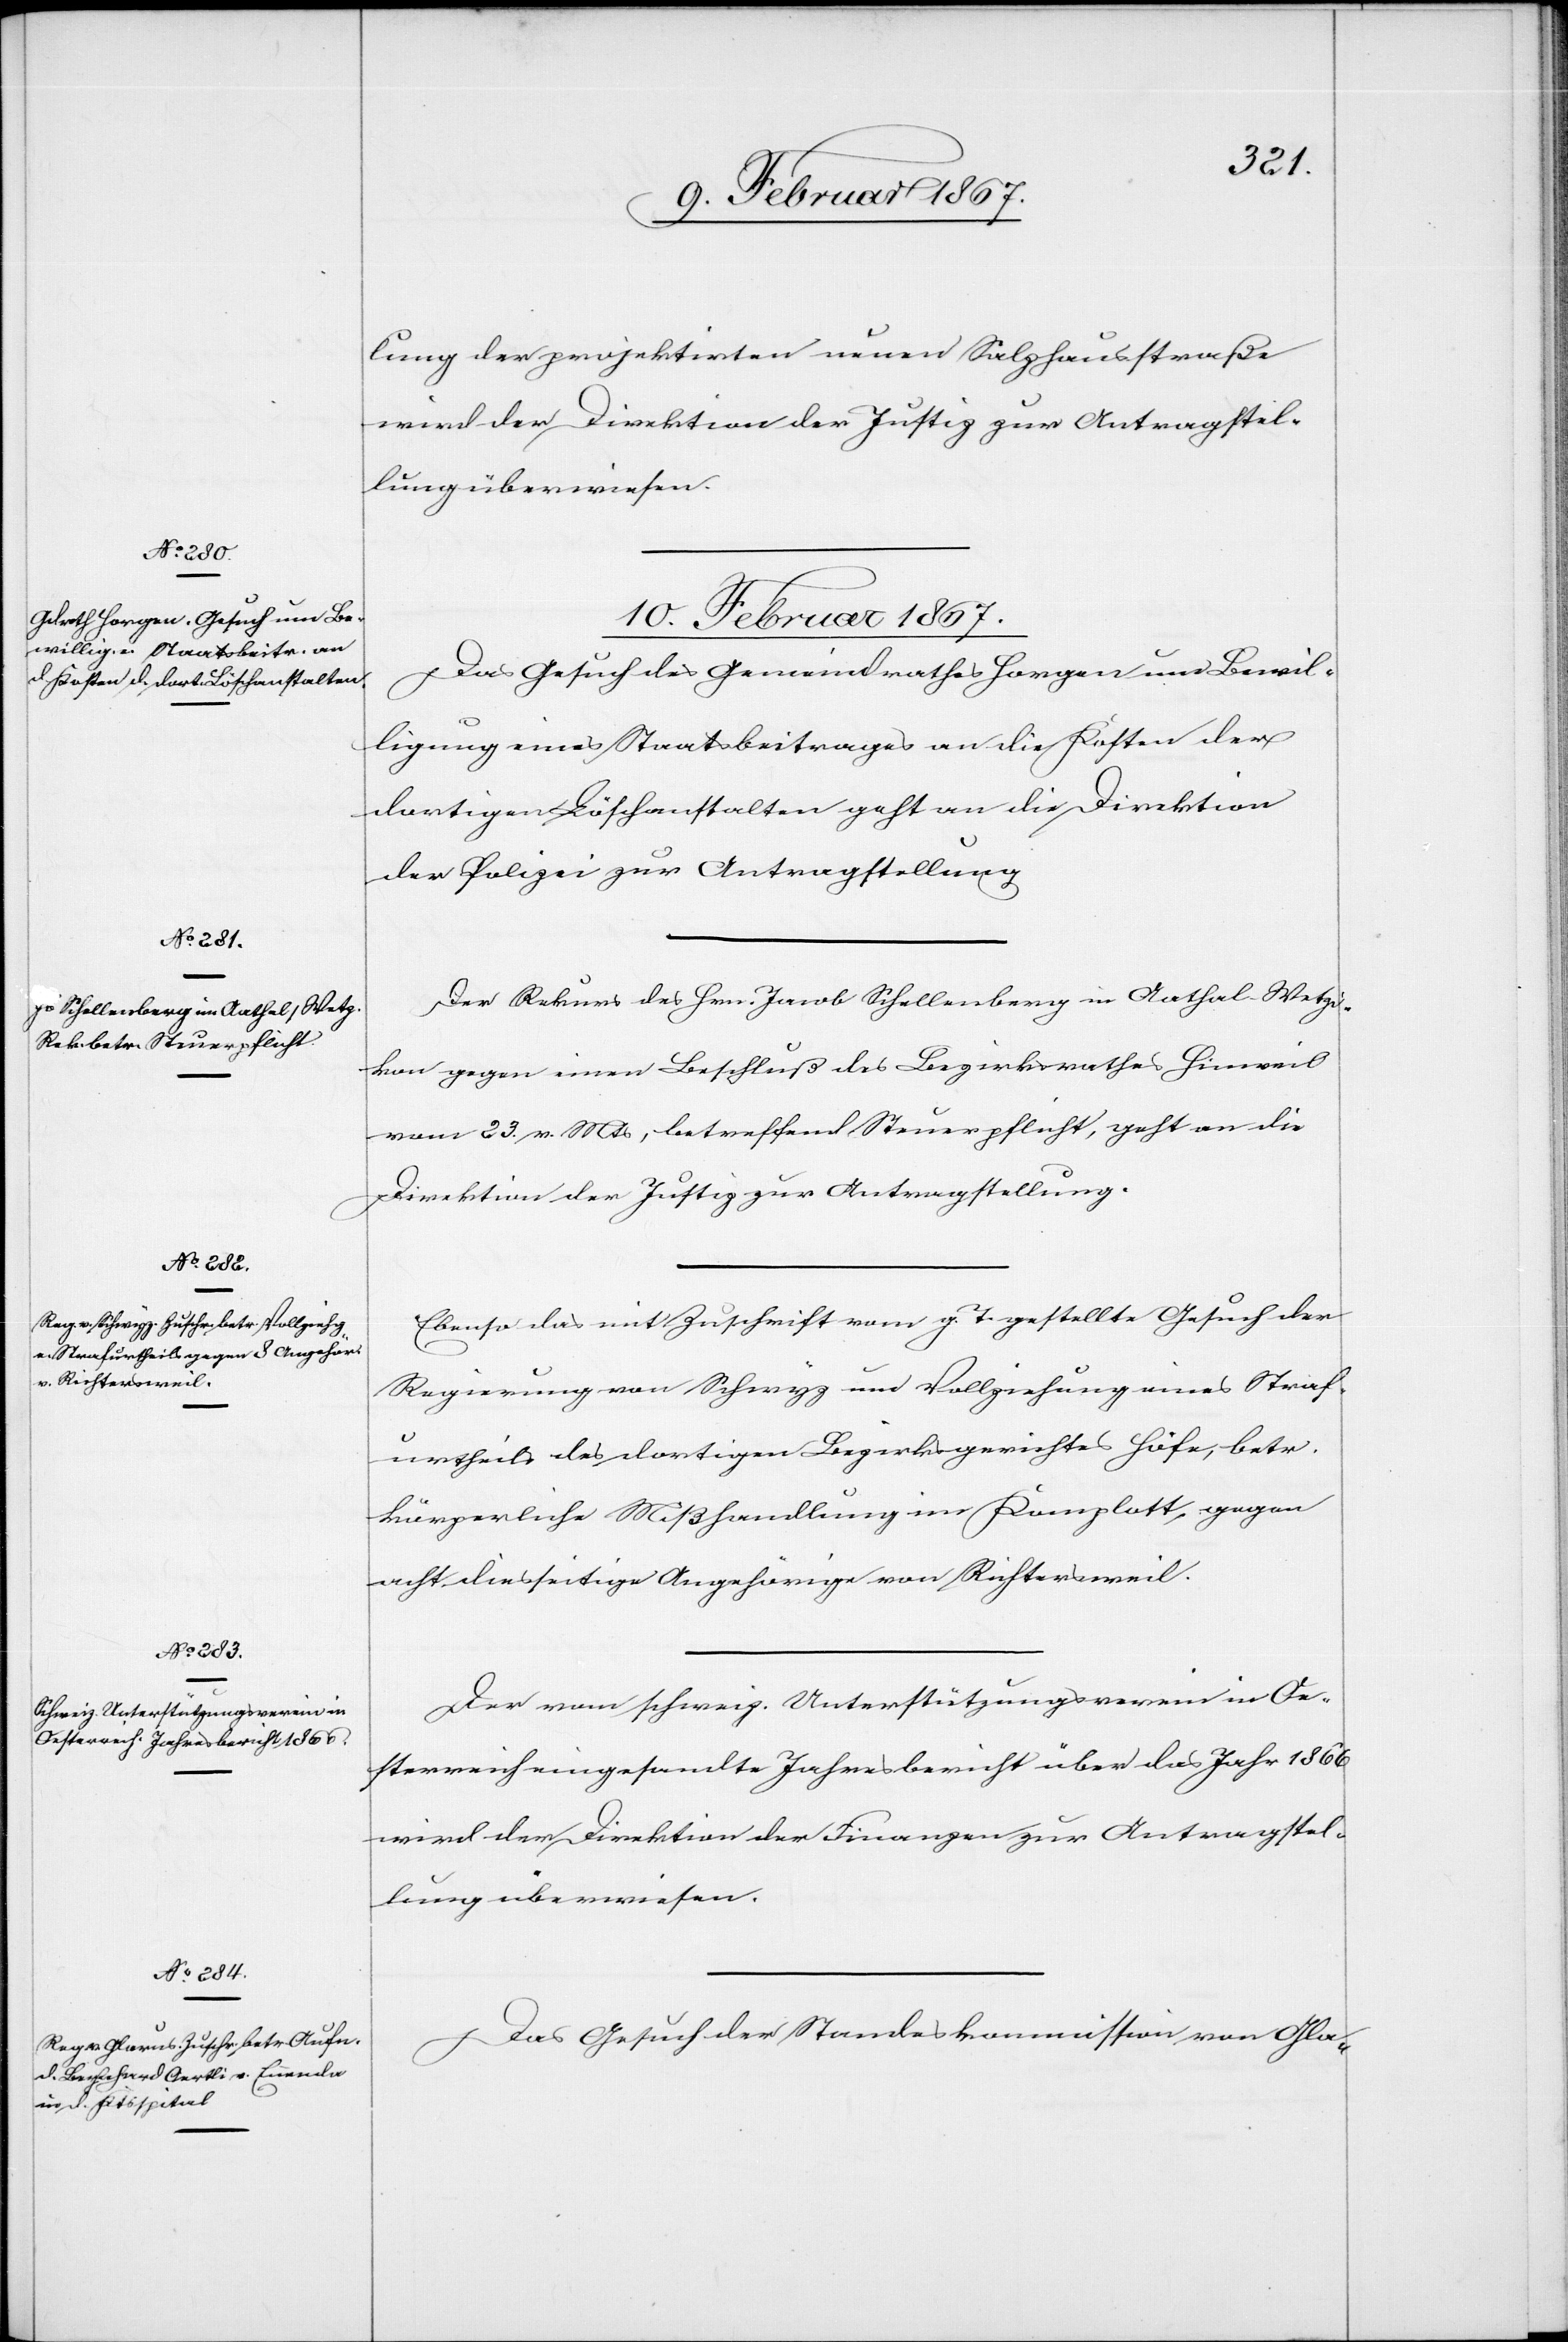
lung der projektirten neuen Salzhausstraße
wird der Direktion der Justiz zur Antragstel¬
lung überwiesen.
10. Februar 1867.]
Das Gesuch des Gemeindrathes Horgen um Bewil¬
ligung eines Staatsbeitrages an die Kosten der
dortigen Löschanstalten geht an die Direktion
der Polizei zur Antragstellung.
Der Rekurs des Hrn. Jacob Schellenberg in Aathal - Wetzi¬
kon gegen einen Beschluß des Bezirksrathes Hinweil
vom 23. v. Mts, betreffend Steuerpflicht, geht an die
Direktion der Justiz zur Antragstellung.
Ebenso das mit Zuschrift vom g. T. gestellte Gesuch der
Regierung von Schwyz um Vollziehung eines Straf¬
urtheils des dortigen Bezirksgerichtes Höfe, betr.
körperliche Mißhandlung im Komplott, gegen
acht diesseitige Angehörige von Richtersweil.
Der vom schweiz. Unterstützungsverein in Oe¬
sterreich eingesandte Jahresbericht über das Jahr 1866
wird der Direktion der Finanzen zur Antragstel¬
Das Gesuch der Standeskommission von Gla-